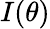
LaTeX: I(\theta)